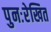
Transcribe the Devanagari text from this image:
पुनःरेखित